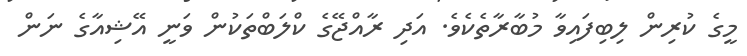
މީގެ ކުރިން ލިބިފައިވާ މުބާރާތެކެވެ. އަދި ރާއްޖޭގެ ކްލަބްތަކުން ވަނީ އޭޝިއާގެ ނަން